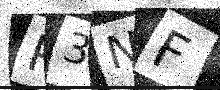
Text: P3NF